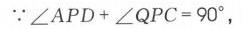
\(\because\angle APD+\angle QPC = 90^{\circ}\)，